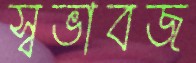
স্বভাবজ